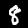
Digit: 8